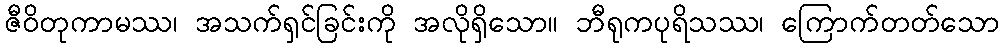
ဇီဝိတုကာမဿ၊ အသက်ရှင်ခြင်းကို အလိုရှိသော။ ဘီရုကပုရိသဿ၊ ကြောက်တတ်သော